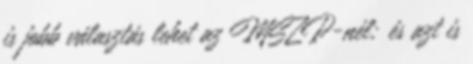
is jobb választás lehet az MSZP-nél; és azt is